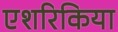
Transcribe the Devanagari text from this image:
एशरिकिया